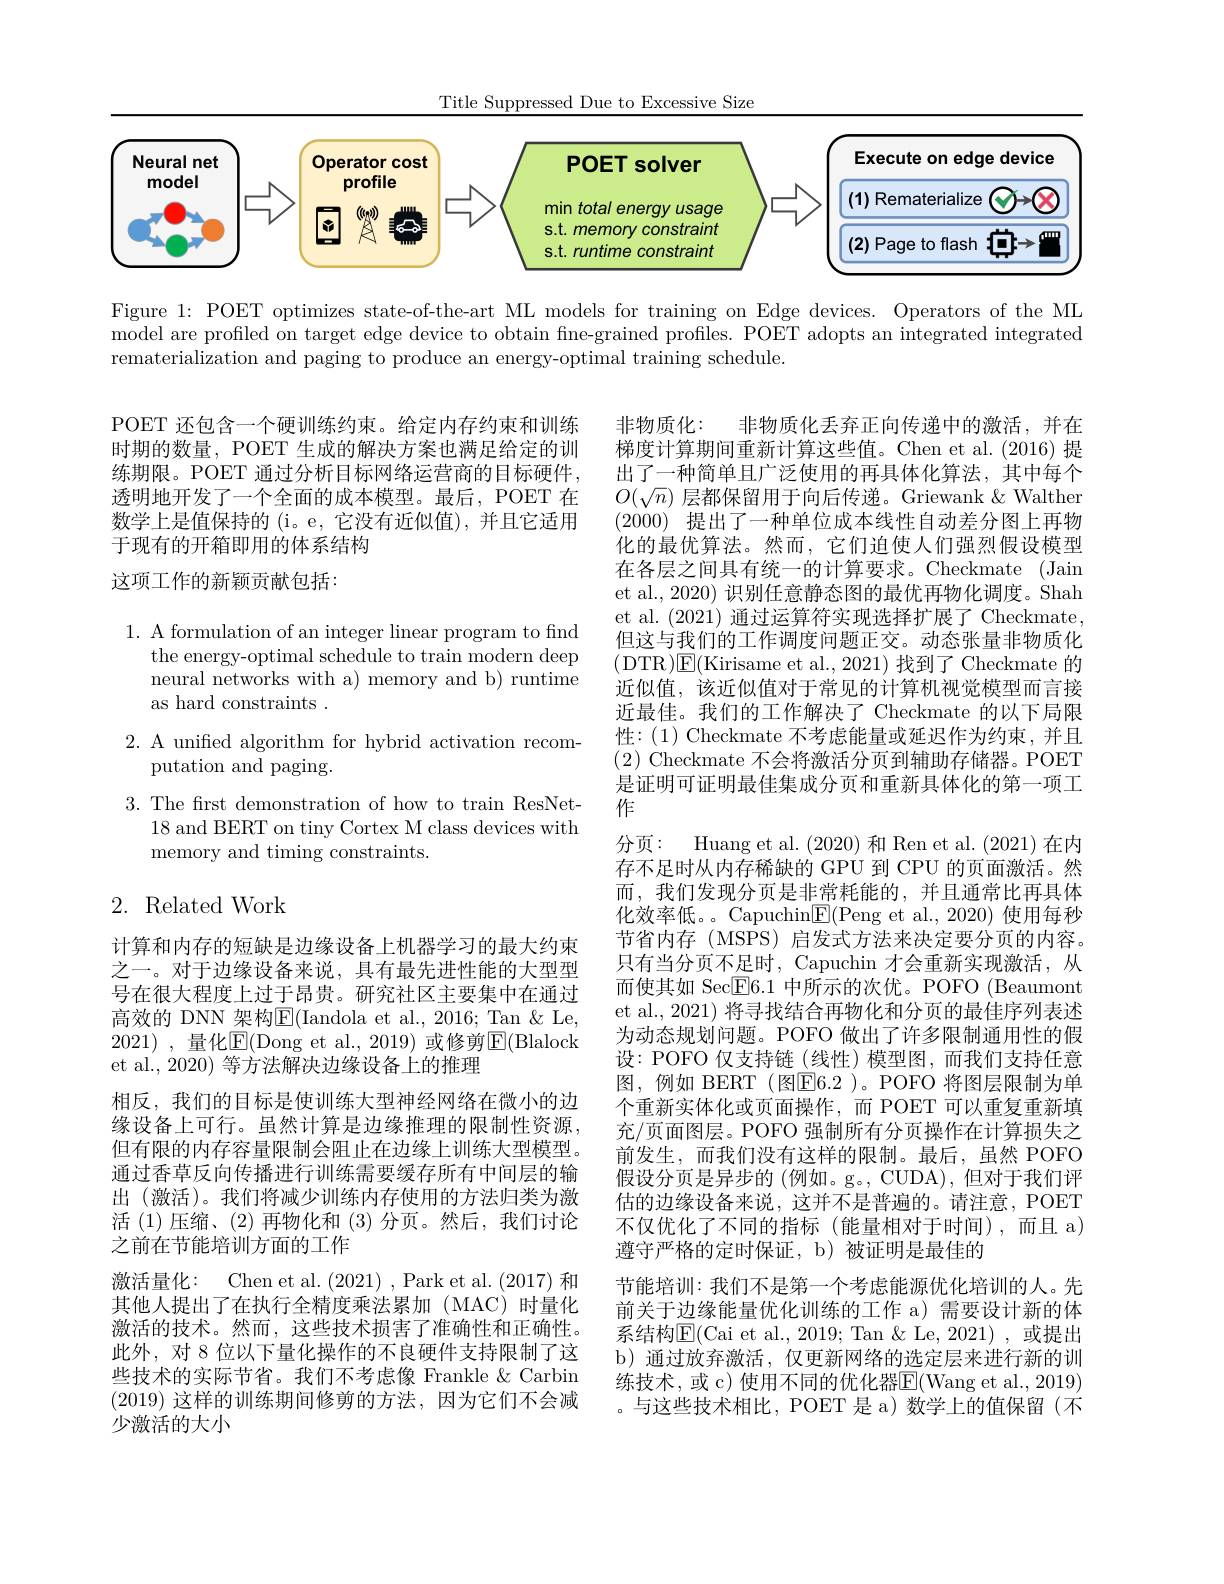
Title Suppressed Due to Excessive Size

<FigureHere>

Figure 1: POET optimizes state-of-the-art ML models for training on Edge devices. Operators of the ML model are profiled on target edge device to obtain fine-grained profiles. POET adopts an integrated integrated rematerialization and paging to produce an energy-optimal training schedule.

POET 还包含一个硬训练约束。给定内存约束和训练时期的数量，POET 生成的解决方案也满足给定的训练期限。POET 通过分析目标网络运营商的目标硬件， 透明地开发了一个全面的成本模型。最后，POET 在数学上是值保持的 (i。e, 它没有近似值), 并且它适用于现有的开箱即用的体系结构
这项工作的新颖贡献包括：

1. A formulation of an integer linear program to find
the energy-optimal schedule to train modern deep neural networks with a) memory and b) runtime as hard constraints .

2. A unified algorithm for hybrid activation recom-
## putation and paging.

3. The first demonstration of how to train ResNet-
18 and BERT on tiny Cortex M class devices with
memory and timing constraints.

## 2. Related Work

非物质化：
非物质化丢弃正向传递中的激活，并在
梯度计算期间重新计算这些值。Chen et al.(2016) 提出了一种简单且广泛使用的再具体化算法，其中每个$O(\sqrt{n})$层都保留用于向后传递。Griewank &Walther (2000)提出了一种单位成本线性自动差分图上再物化的最优算法。然而，它们迫使人们强烈假设模型在各层之间具有统一的计算要求。Checkmate (Jain et al., 2020) 识别任意静态图的最优再物化调度。Shah et al. (2021)通过运算符实现选择扩展了 Checkmate, 但这与我们的工作调度问题正交。动态张量非物质化(DTR$)\boxed{\mathrm{E}}($Kirisame et al.,2021)找到了Checkmate 的近似值，该近似值对于常见的计算机视觉模型而言接近最佳。我们的工作解决了 Checkmate 的以下局限性：(1) Checkmate 不考虑能量或延迟作为约束，并且(2) Checkmate 不会将激活分页到辅助存储器。POET 是证明可证明最佳集成分页和重新具体化的第一项工作
分页：Huang et al. (2020)和 Ren et al. (2021) 在内存不足时从内存稀缺的 GPU 到 CPU 的页面激活。然而，我们发现分页是非常耗能的，并且通常比再具体化效率低。。Capuchin$\underline{\mathrm{E}}($Peng et al.,2020) 使用每秒节省内存(MSPS) 启发式方法来决定要分页的内容。只有当分页不足时，Capuchin 才会重新实现激活，从而使其如 Sec$\overline\text{E}6.1$中所示的次优。POFO (Beaumont et al., 2021) 将寻找结合再物化和分页的最佳序列表述为动态规划问题。POFO 做出了许多限制通用性的假设：POFO 仅支持链 (线性)模型图，而我们支持任意图，例如 BERT (图$\boxed{\mathrm{E}}6.2$ )。POFO 将图层限制为单个重新实体化或页面操作，而 POET 可以重复重新填充/页面图层。POFO 强制所有分页操作在计算损失之前发生，而我们没有这样的限制。最后，虽然 POFO 假设分页是异步的 (例如。g。, CUDA), 但对于我们评估的边缘设备来说，这并不是普遍的。请注意，POET 不仅优化了不同的指标(能量相对于时间),而且 a) 遵守严格的定时保证，b) 被证明是最佳的
节能培训：我们不是第一个考虑能源优化培训的人。先前关于边缘能量优化训练的工作 a) 需要设计新的体系结构$\operatorname{E}($Cai et al.,2019; Tan & Le,2021),或提出b)通过放弃激活，仅更新网络的选定层来进行新的训练技术，或 c) 使用不同的优化器E(Wang et al., 2019) 。与这些技术相比，POET 是 a) 数学上的值保留(不

计算和内存的短缺是边缘设备上机器学习的最大约束之一。对于边缘设备来说，具有最先进性能的大型型号在很大程度上过于昂贵。研究社区主要集中在通过高效的 DNN 架构E(Iandola et al., 2016; Tan &Le, 2021) ,量化$\mathbb{E}($Dong et al., 2019) 或修剪$\mathbb{E}($Blalock et al., 2020) 等方法解决边缘设备上的推理
相反，我们的目标是使训练大型神经网络在微小的边缘设备上可行。虽然计算是边缘推理的限制性资源， 但有限的内存容量限制会阻止在边缘上训练大型模型。通过香草反向传播进行训练需要缓存所有中间层的输出 (激活)。我们将减少训练内存使用的方法归类为激活 (1)压缩、(2)再物化和 (3)分页。然后，我们讨论之前在节能培训方面的工作
激活量化：Chen et al. (2021) ,Park et al.(2017)和其他人提出了在执行全精度乘法累加(MAC)时量化激活的技术。然而，这些技术损害了准确性和正确性。此外，对 8 位以下量化操作的不良硬件支持限制了这些技术的实际节省。我们不考虑像 Frankle $\&$ Carbin (2019)这样的训练期间修剪的方法，因为它们不会减少激活的大小